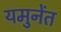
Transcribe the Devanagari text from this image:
यमुनेंत